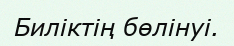
Биліктің бөлінуі.